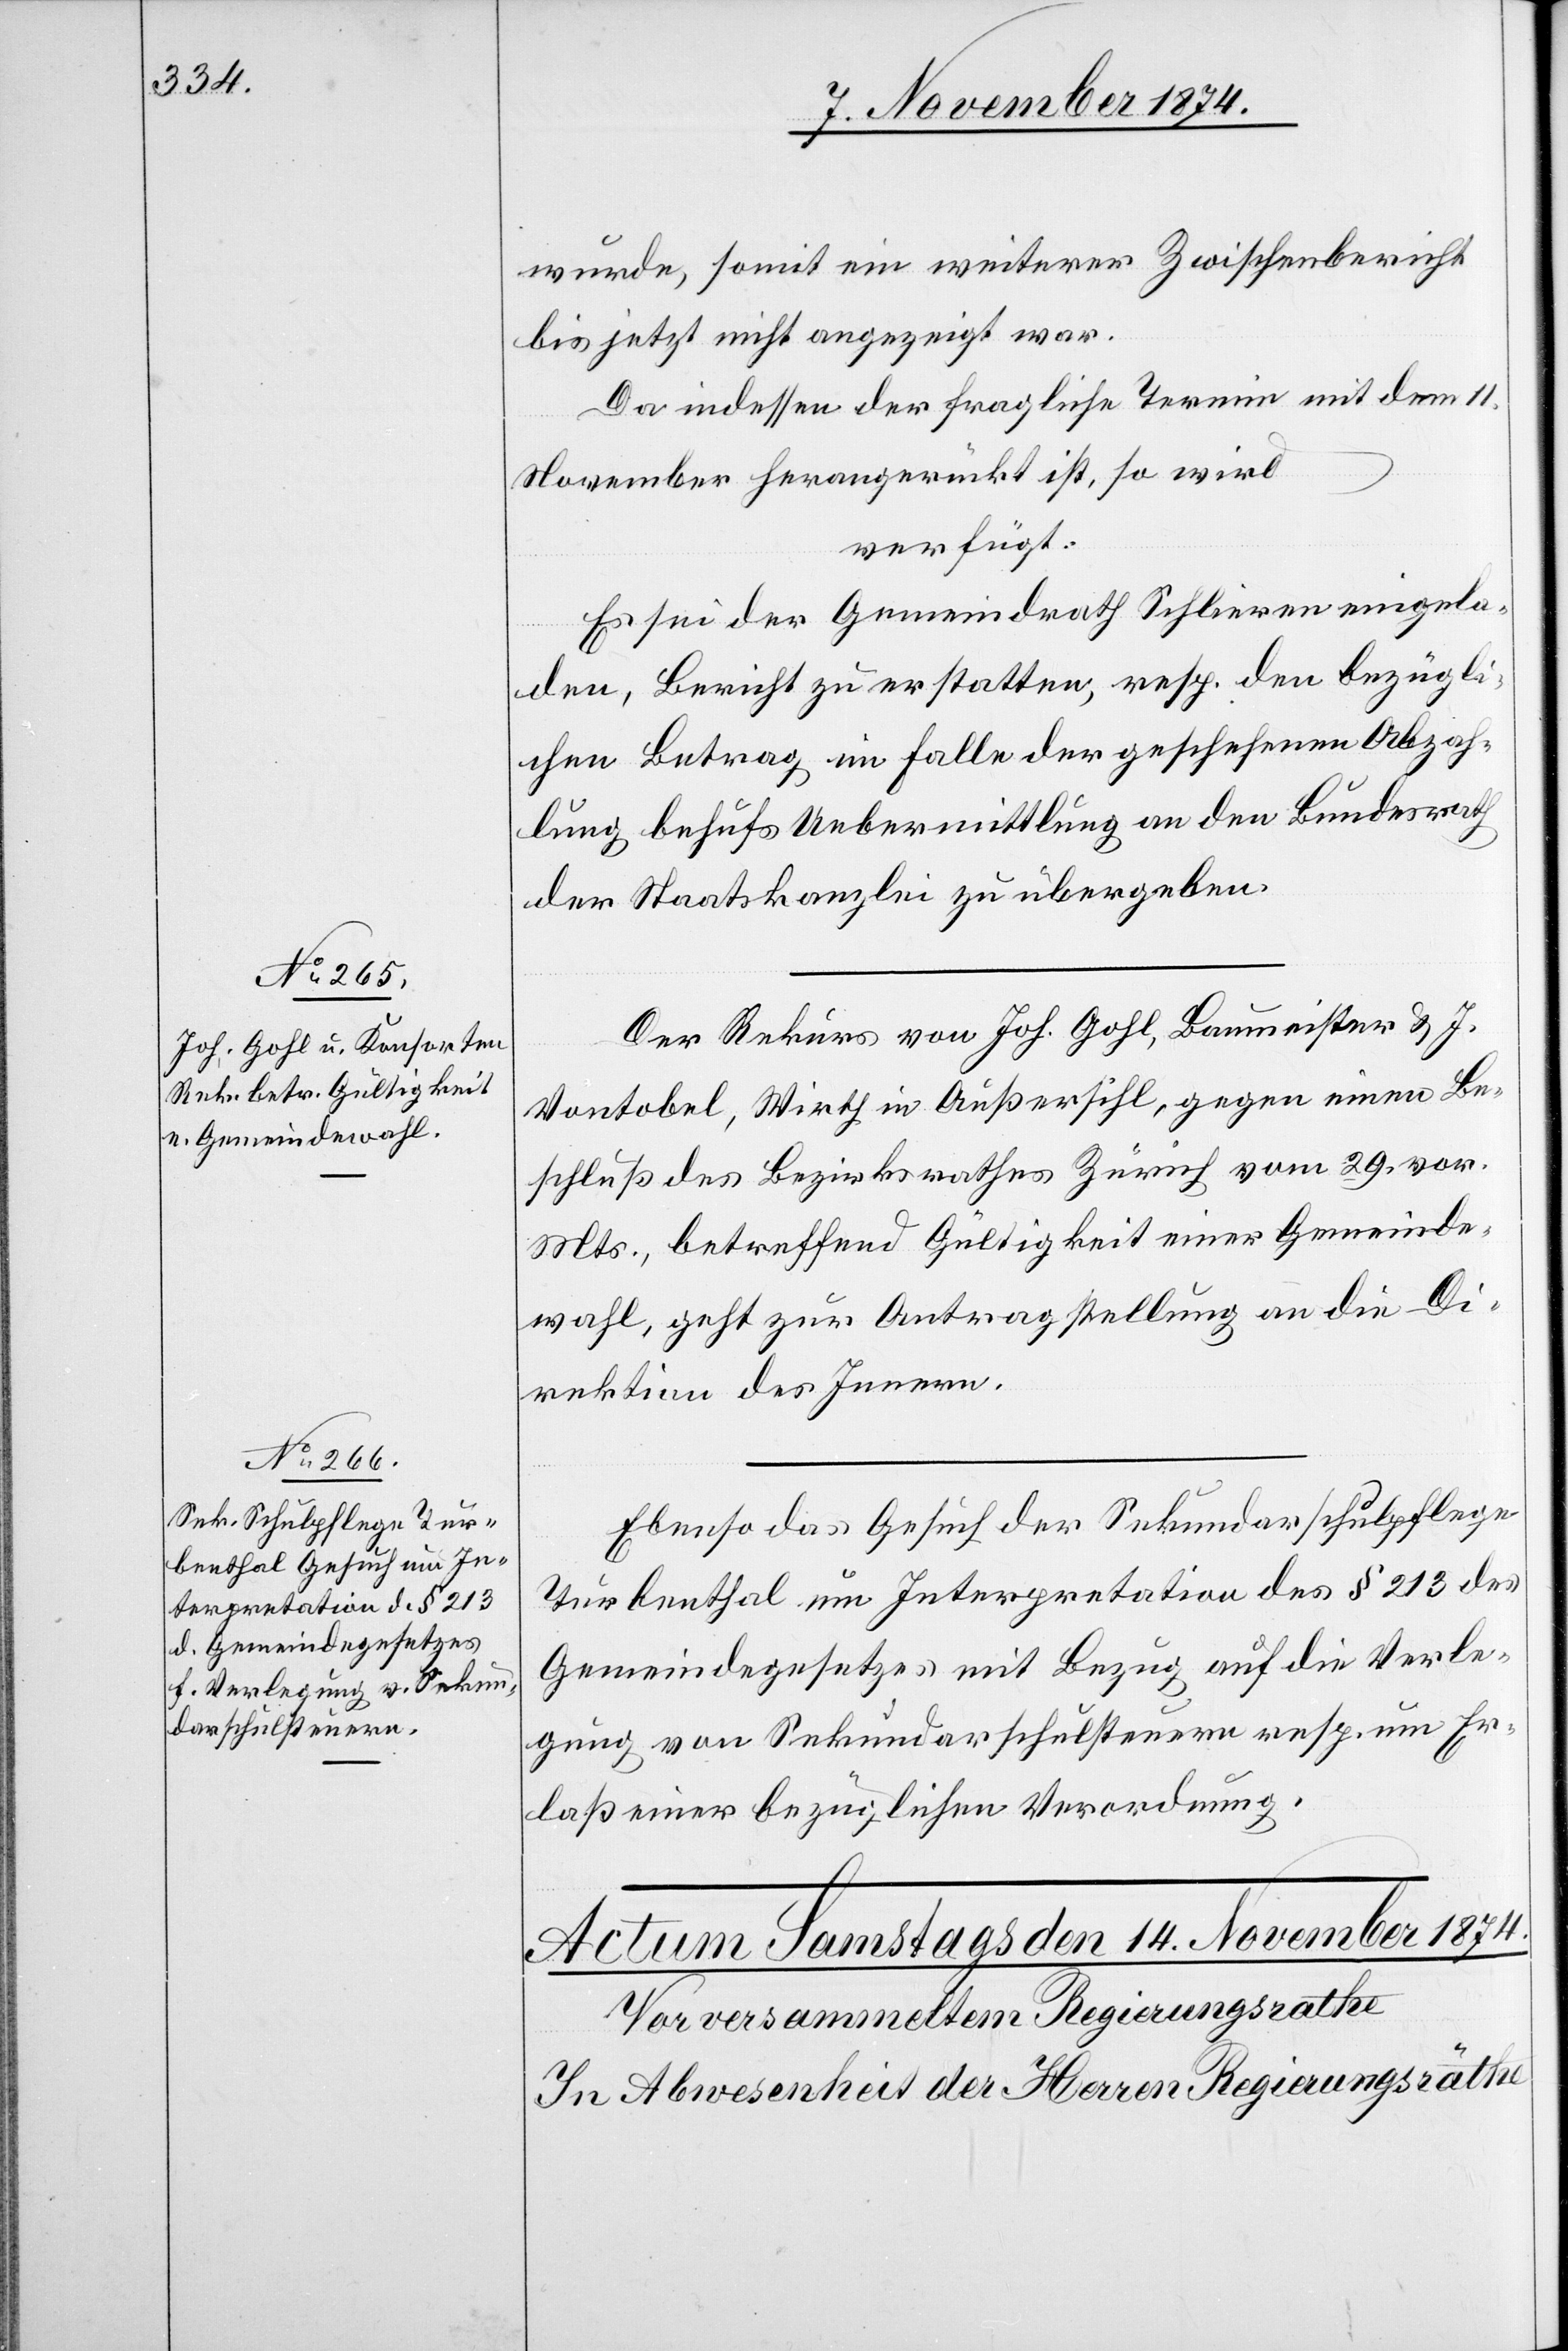
13. November 1874.]
wurde, somit ein weiterer Zwischenbericht
bis jetzt nicht angezeigt war.
Da indessen der fragliche Termin mit dem 11.
November herangerückt ist, so wird
verfügt:
Es sei der Gemeindrath Schlieren eingela¬
den, Bericht zu erstatten, resp. den bezügli¬
chen Betrag im Falle der geschehenen Abzah¬
lung behufs Uebermittlung an den Bundesrath
der Staatskanzlei zu übergeben.
Der Rekurs von Joh. Gohl, Baumeister & J.
Vontobel, Wirth in Außersihl, gegen einen Be¬
schluß des Bezirksrathes Zürich vom 29. vor.
Mts., betreffend Gültigkeit einer Gemeinde¬
wahl, geht zur Antragstellung an die Di¬
rektion des Innern.
Ebenso das Gesuch der Sekundarschulpflege
Turbenthal um Interpretation des § 213 des
Gemeindegesetzes mit Bezug auf die Verle¬
gung von Sekundarschulsteuern resp. um Er¬
laß einer bezüglichen Verordnung.